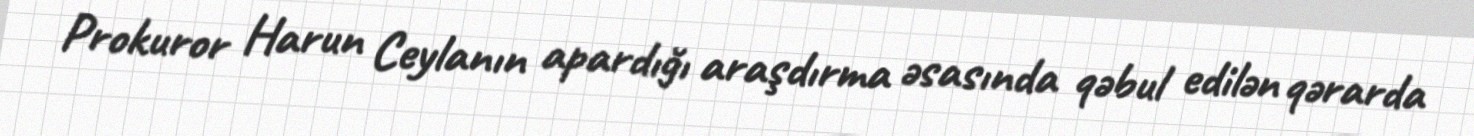
Prokuror Harun Ceylanın apardığı araşdırma əsasında qəbul edilən qərarda